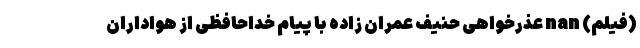
(فیلم) nan عذرخواهی حنیف عمران زاده با پیام خداحافظی از هواداران